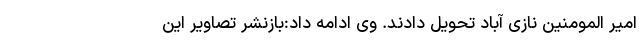
امیر المومنین نازی آباد تحویل دادند. وی ادامه داد:بازنشر تصاویر این